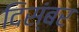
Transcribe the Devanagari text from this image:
दिस्ंबर